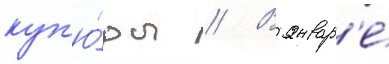
куп'ю́ры // В январ'е́